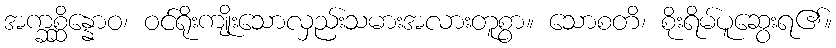
အက္ခစ္ဆိန္နောဝ၊ ဝင်ရိုးကျိုးသောလှည်းသမားအလားတူစွာ။ သောစတိ၊ စိုးရိမ်ပူဆွေးရ၏။